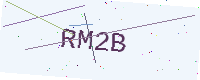
Text: RM2B